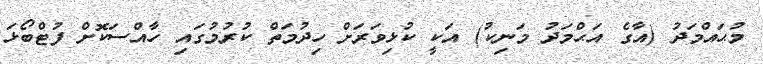
މުޙައްމަދު (އާގެ އަޙްމަދު މަނިކު) އަކީ ކުޅިވަރަށް ހިދުމަތް ކުރުމުގައި ހާއްސަކޮށް ފުޓްބޯޅަ